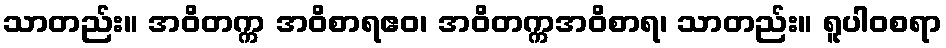
သာတည်း။ အဝိတက္က အဝိစာရဧဝ၊ အဝိတက္ကအဝိစာရ၊ သာတည်း။ ရူပါဝစရာ